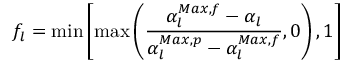
f _ { l } = \operatorname* { m i n } \left[ \operatorname* { m a x } \left( \frac { \alpha _ { l } ^ { M a x , f } - \alpha _ { l } } { \alpha _ { l } ^ { M a x , p } - \alpha _ { l } ^ { M a x , f } } , 0 \right) , 1 \right]